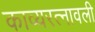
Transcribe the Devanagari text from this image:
काव्यरत्नावली